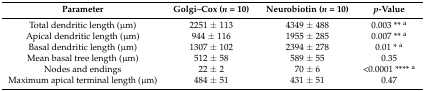
<table><thead><tr><td><b>Parameter</b></td><td><b>Golgi–Cox (<i>n</i> = 10)</b></td><td><b>Neurobiotin (<i>n</i> = 10)</b></td><td><b><i>p</i>-Value</b></td></tr></thead><tbody><tr><td>Total dendritic length (μm)</td><td>2251 ± 113</td><td>4349 ± 488</td><td>0.003 ** <sup>a</sup></td></tr><tr><td>Apical dendritic length (μm)</td><td>944 ± 116</td><td>1955 ± 285</td><td>0.007 ** <sup>a</sup></td></tr><tr><td>Basal dendritic length (μm)</td><td>1307 ± 102</td><td>2394 ± 278</td><td>0.01 * <sup>a</sup></td></tr><tr><td>Mean basal tree length (μm)</td><td>512 ± 58</td><td>589 ± 55</td><td>0.35</td></tr><tr><td>Nodes and endings</td><td>22 ± 2</td><td>70 ± 6</td><td>&lt;0.0001 **** <sup>a</sup></td></tr><tr><td>Maximum apical terminal length (μm)</td><td>484 ± 51</td><td>431 ± 51</td><td>0.47</td></tr></tbody></table>